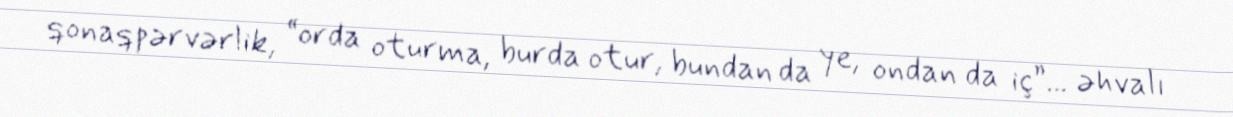
qonaqpərvərlik, “orda oturma, burda otur, bundan da ye, ondan da iç”... əhvalı